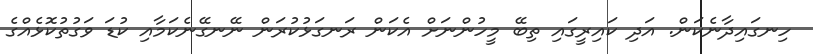
ހިނގައިދާނެކަން. އަދި ކައިރީގައި ތިބޭ މީހުންނަށް އެކަން ރަނގަޅުކުރަން ނޭނގޭނެކަމާއި ކުޑަ ވަގުތުކޮޅެއްގެ